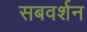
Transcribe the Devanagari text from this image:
सबवर्शन